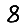
Digit: 8